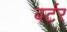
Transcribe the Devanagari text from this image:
वर्टर